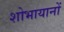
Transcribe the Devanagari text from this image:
शोभायानों